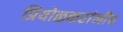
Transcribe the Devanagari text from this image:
प्रियोळकरांनीच